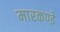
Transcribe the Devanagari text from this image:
मारकण्डे